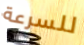
للسرعة